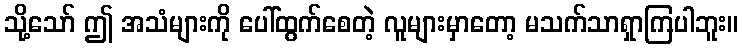
သို့သော် ဤ အသံများကို ပေါ်ထွက်စေတဲ့ လူများမှာတော့ မသက်သာရှာကြပါဘူး။